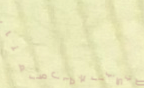
مركز الجمال والعناية بالب